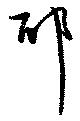
耶